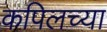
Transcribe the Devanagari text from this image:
कपिलच्या